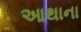
આથાના